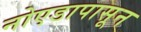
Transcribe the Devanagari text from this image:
नोएडापासून